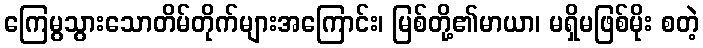
ကြေမွသွားသောတိမ်တိုက်များအကြောင်း၊ မြစ်တို့၏မာယာ၊ မရှိမဖြစ်မိုး စတဲ့